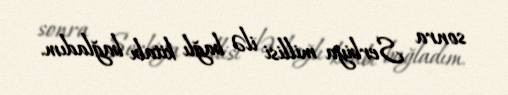
sonra Serbiya millisi ilə bağlı kitabı bağladım.